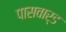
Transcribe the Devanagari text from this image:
पासवार्ड